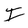
Character: I